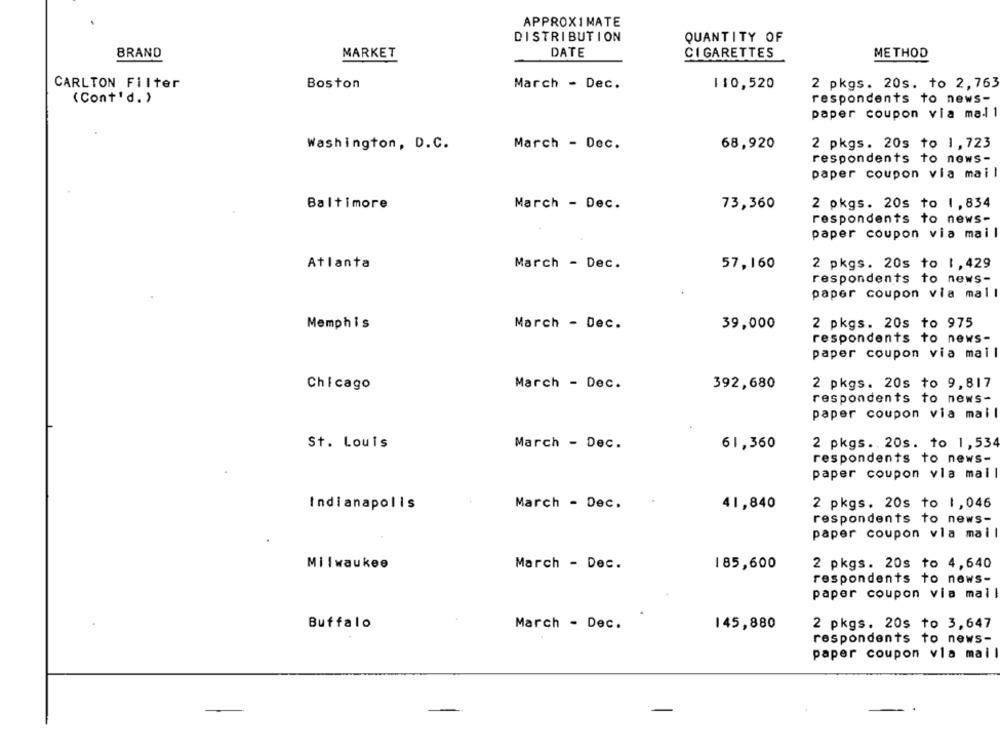
APPROXIMATE
DISTRIBUTION
QUANTITY OF
MARKET
BRAND
DATE
CIGARETTES
METHOD
CARLTON Filter
Boston
March - Dec.
110,520
2 pkgs. 20s. to 2,763
(Cont'd. )
respondents to news-
paper coupon via mail
Washington, D.C.
March - Dec.
68,920
2 pkgs. 20s to 1,723
respondents to news-
paper coupon via mail
Baltimore
March - Dec.
73,360
2 pkgs. 20s to 1,834
respondents to news-
paper coupon via mail
Atlanta
March - Dec.
57,160
2 pkgs. 20s to 1,429
respondents to news-
paper coupon via mall
Memphis
March - Dec.
39,000
2 pkgs. 20s to 975
respondents to news-
paper coupon via mail
Chicago
March - Dec.
392,680
2 pkgs. 20s to 9,817
respondents to news-
paper coupon via mail
St. Louis
March - Dec.
61,360
2 pkgs .. 20s. to 1,534
respondents to news-
paper coupon vla mal
Indianapolis
March - Dec.
41,840
2 pkgs. 20s to 1,046
respondents to news-
paper coupon via mail
Milwaukee
March - Dec.
185,600
2 pkgs. 20s to 4,640
respondents to news-
paper coupon via mal
Buffalo
March - Dec.
145,880
2 pkgs. 20s to 3,647
respondents to news-
paper coupon vla mail